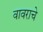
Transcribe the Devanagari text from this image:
वावराचे